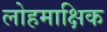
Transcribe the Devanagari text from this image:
लोहमाक्षिक